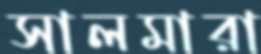
সালমারা